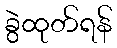
ခွဲထုတ်ရန်